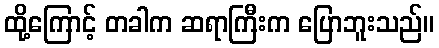
ထို့ကြောင့် တခါက ဆရာကြီးက ပြောဘူးသည်။